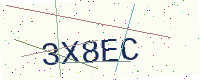
Text: 3X8EC